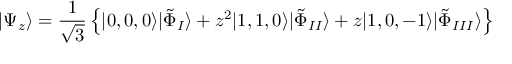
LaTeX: | \Psi _ { z } \rangle = \frac { 1 } { \sqrt { 3 } } \left\{ | 0 , 0 , 0 \rangle | \tilde { \Phi } _ { I } \rangle + z ^ { 2 } | 1 , 1 , 0 \rangle | \tilde { \Phi } _ { I I } \rangle + z | 1 , 0 , - 1 \rangle | \tilde { \Phi } _ { I I I } \rangle \right\}